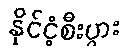
နိုင်ငံ့စီးပွား